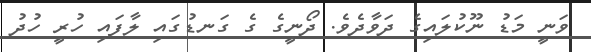
ވަނީ މަޑު ނޫކުލައިގެ ދަވާދެވެ. ދޯނީގެ ގެ ގަނޑުގައި ލާފައި ހުރީ ހުދު